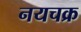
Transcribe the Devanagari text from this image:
नयचक्र